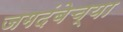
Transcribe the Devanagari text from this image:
जगदंबेच्या